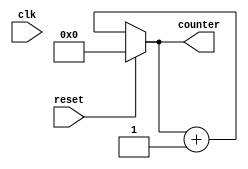
`timescale 1ns / 1ps
//////////////////////////////////////////////////////////////////////////////////
// Company: 
// Engineer: 
// 
// Design Name: 
// Module Name: UP_COUNTER
// Project Name: 
// Target Devices: 
// Tool Versions: 
// Description: 
// 
// Dependencies: 
// 
// Revision:
// Revision 0.01 - File Created
// Additional Comments:
// 
//////////////////////////////////////////////////////////////////////////////////


module UP_COUNTER(input clk, reset,output[3:0] counter);
reg [3:0] counter_up;
always @(clk or  reset)
begin
if(reset)
 counter_up <= 4'd0;
else
 counter_up <= counter_up + 4'd1;
end 
assign counter = counter_up;
endmodule